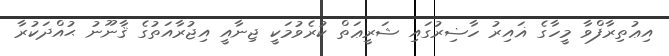
އިޢުތިރާފްވާ މީހާގެ ޣައިރު ހާޟިރުގައި ޝަރީޢަތް ކުރެވުމަކީ ޖިނާއީ އިޖުރާއަތުގެ ޤާނޫނު ޙުއްދަކުރާ